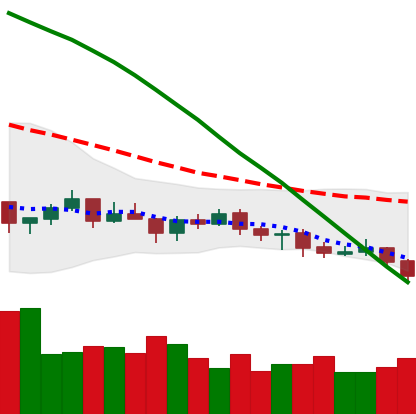
Ticker: BTC-USD
Chart end date: 2021-07-20
Forward return: 18.596%
Label: up_7plus